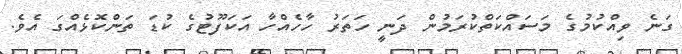
ގަނެ ވިއްކުމުގެ މަސައްކަތްކުރަމުން ދަނީ ހަތަރު ހާހެއްހާ އަކަފޫޓުގެ ކުޑަ ތަންކޮޅެއްގަ އެވެ.